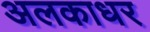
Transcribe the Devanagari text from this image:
अलकाधर